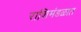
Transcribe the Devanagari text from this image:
राशिमंडळात